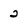
Character: 2